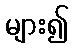
များ၍